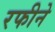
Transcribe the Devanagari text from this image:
रफीने